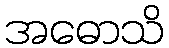
အဓောသိ